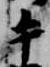
手